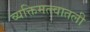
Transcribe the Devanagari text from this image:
व्यक्तिमत्त्वातली